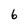
Character: 6